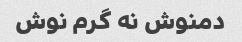
دمنوش نه گرم نوش